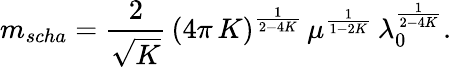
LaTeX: m_{scha}=\frac{2}{\sqrt{K}}\, \left(4\pi\, K\right)^{\frac{1}{2-4K}}\, \mu^{\frac{1}{1-2K}}\, \lambda_{0}^{\frac{1}{2-4K}}.